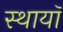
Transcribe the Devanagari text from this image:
स्थायॉ